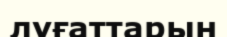
лүғаттарын